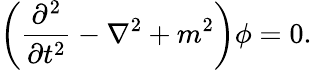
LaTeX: \left({\frac{\partial^{2}}{\partial t^{2}}}-\nabla^{2}+m^{2}\right)\phi=0.